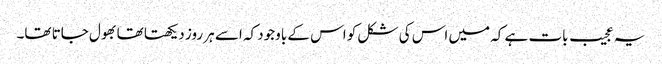
یہ عجیب بات ہے کہ میں اس کی شکل کو اس کے باوجود کہ اسے ہر روز دیکھتا تھا بھول جاتا تھا۔